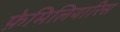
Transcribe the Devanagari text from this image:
फ़ेमिलियारिस